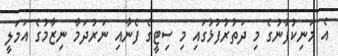
އެ މަނިކުފާނުގެ މި ދަތުރުފުޅުގައި މި ސިޓީގެ ފެނާއި ނަރުދަމާ ނިޒާމުގެ އަމަލީ